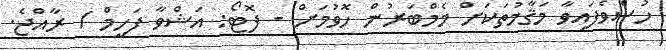
ހުސްވެފައިވާ މަޤާމުތަކަށް މެމްބަރުން ހޮވުމަށް - ފޮޓޯ: އަޝްވާ ފަހީމް / ރާއްޖެ.